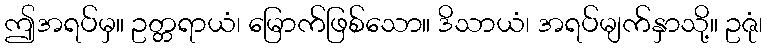
ဤအရပ်မှ။ ဥတ္တရာယံ၊ မြောက်ဖြစ်သော။ ဒိသာယံ၊ အရပ်မျက်နှာသို့။ ဥဇုံ၊